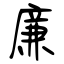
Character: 廉